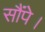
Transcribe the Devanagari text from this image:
सौंपे।